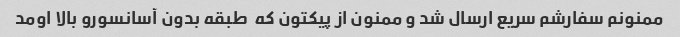
ممنونم سفارشم سریع ارسال شد و ممنون از پیکتون که  طبقه بدون آسانسورو بالا اومد